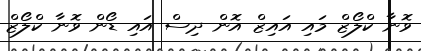
ވޮނާ ކްލޯޒް މައި އައިޒް އޮން ދިސް އައި ޑޯން ވޮނާ ކްލޯޒް